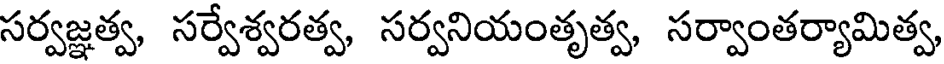
సర్వజ్ఞత్వ, సర్వేశ్వరత్వ, సర్వనియంతృత్వ, సర్వాంతర్యామిత్వ,